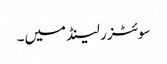
سوئٹزر لینڈ میں۔